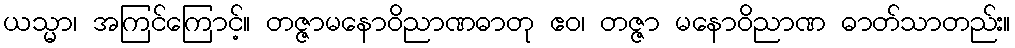
ယသ္မာ၊ အကြင်ကြောင့်။ တဇ္ဇာမနောဝိညာဏဓာတု ဧဝ၊ တဇ္ဇာ မနောဝိညာဏ ဓာတ်သာတည်း။